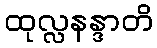
ထုလ္လနန္ဒာတိ